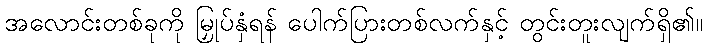
အလောင်းတစ်ခုကို မြှုပ်နှံရန် ပေါက်ပြားတစ်လက်နှင့် တွင်းတူးလျက်ရှိ၏။